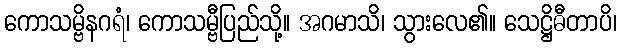
ကောသမ္ဗိနဂရံ၊ ကောသမ္ဗီပြည်သို့။ အဂမာသိ၊ သွားလေ၏။ သေဋ္ဌိဓီတာပိ၊